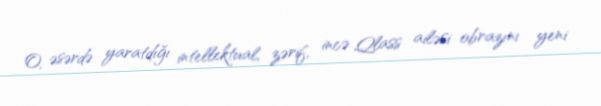
O, əsərdə yaratdığı intellektual, zərif, incə Qlass ailəsi obrazını yeni